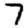
Digit: 7